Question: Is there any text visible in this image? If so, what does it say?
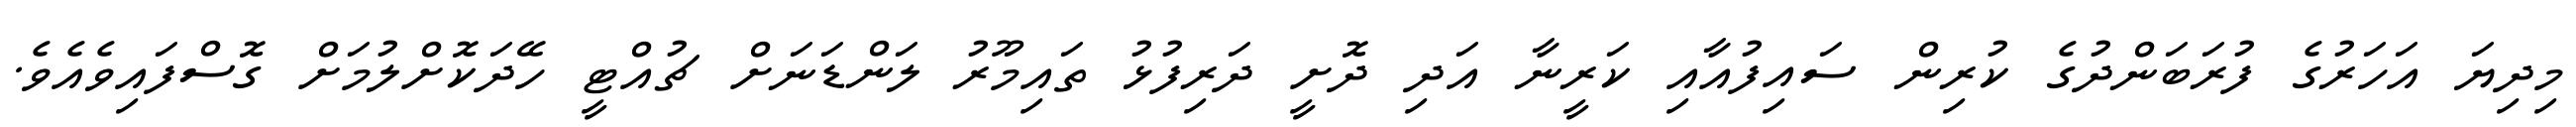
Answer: މިދިޔަ އަހަރުގެ ފުރަބަންދުގެ ކުރިން ސައިފުއާއި ކަރީނާ އަދި ދޮށީ ދަރިފުޅު ތައިމޫރު ލަންޑަނަށް ޗުއްޓީ ހޭދަކޮށްލުމަށް ގޮސްފައިވެއެވެ.